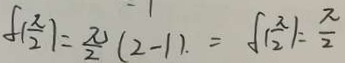
f ( \frac { \pi } { 2 } ) = \frac { \pi } { 2 } ( 2 - 1 ) . = f ( \frac { \pi } { 2 } ) = \frac { \pi } { 2 }